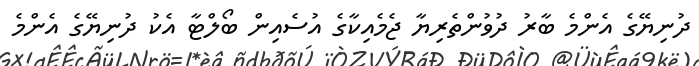
ދުނިޔޭގެ އެންމެ ބާރު ދުވުންތެރިޔާ ޖެމެއިކާގެ އުސެއިން ބޯލްޓާ އެކު ދުނިޔޭގެ އެންމެ